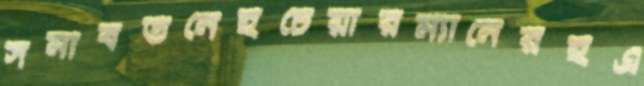
সমাবর্তনেইচেয়ারম্যানেরইএ